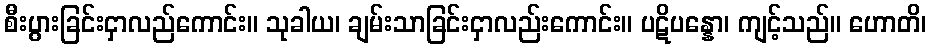
စီးပွားခြင်းငှာလည်ကောင်း။ သုခါယ၊ ချမ်းသာခြင်းငှာလည်းကောင်း။ ပဋိပန္နော၊ ကျင့်သည်။ ဟောတိ၊